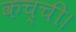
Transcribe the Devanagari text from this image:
कच्ची।